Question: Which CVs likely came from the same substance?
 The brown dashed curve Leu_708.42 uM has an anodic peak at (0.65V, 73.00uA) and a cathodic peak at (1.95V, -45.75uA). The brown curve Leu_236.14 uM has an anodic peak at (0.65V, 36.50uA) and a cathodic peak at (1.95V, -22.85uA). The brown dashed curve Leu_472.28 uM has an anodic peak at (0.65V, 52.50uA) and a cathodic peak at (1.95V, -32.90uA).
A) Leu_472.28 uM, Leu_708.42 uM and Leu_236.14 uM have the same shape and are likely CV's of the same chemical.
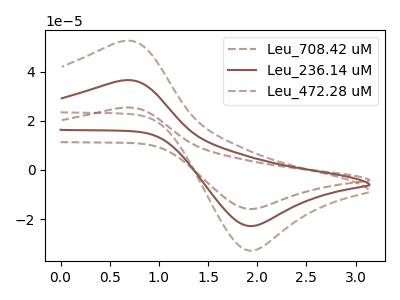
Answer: <think>All the peaks in "Leu_708.42 uM" have a peak in "Leu_236.14 uM" at the same potential. Every peak in "Leu_708.42 uM" is higher than every peak in "Leu_236.14 uM". All the peaks in "Leu_708.42 uM" have a peak in "Leu_472.28 uM" at the same potential. Every peak in "Leu_708.42 uM" is higher than every peak in "Leu_472.28 uM". All the peaks in "Leu_236.14 uM" have a peak in "Leu_472.28 uM" at the same potential. Every peak in "Leu_236.14 uM" is lower than every peak in "Leu_472.28 uM".
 </think>
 <answer>A) "Leu_472.28 uM", "Leu_708.42 uM" and "Leu_236.14 uM" have the same shape and are likely CV's of the same chemical.</answer>
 <eval>A</eval>